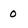
Character: 0